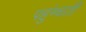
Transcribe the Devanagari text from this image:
पहुंम्चती